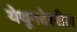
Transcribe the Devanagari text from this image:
येथूनदेखील